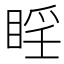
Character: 𪾮